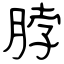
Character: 脖